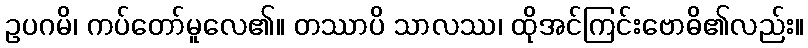
ဥပဂမိ၊ ကပ်တော်မူလေ၏။ တဿာပိ သာလဿ၊ ထိုအင်ကြင်းဗောဓိ၏လည်း။